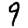
Digit: 9